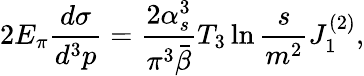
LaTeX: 2E_{\pi}\frac{d\sigma}{d^{3}{\displaystyle p}}=\frac{2\alpha_{s}^{3}}{\pi^{3}\bar{\beta}}T_{3}\ln\frac{s}{m^{2}}J_{1}^{(2)},